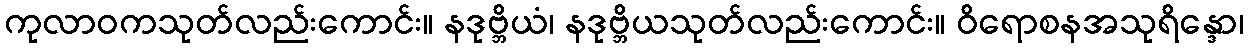
ကုလာဝကသုတ်လည်းကောင်း။ နဒုဗ္ဘိယံ၊ နဒုဗ္ဘိယသုတ်လည်းကောင်း။ ဝိရောစနအသုရိန္ဒော၊